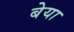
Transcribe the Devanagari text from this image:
बेया